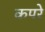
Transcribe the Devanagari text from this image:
कपरे